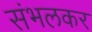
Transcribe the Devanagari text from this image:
संभलकर